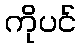
ကိုပင်